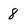
Character: 8